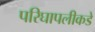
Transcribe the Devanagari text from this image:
परिघापलीकडे